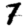
Digit: 7